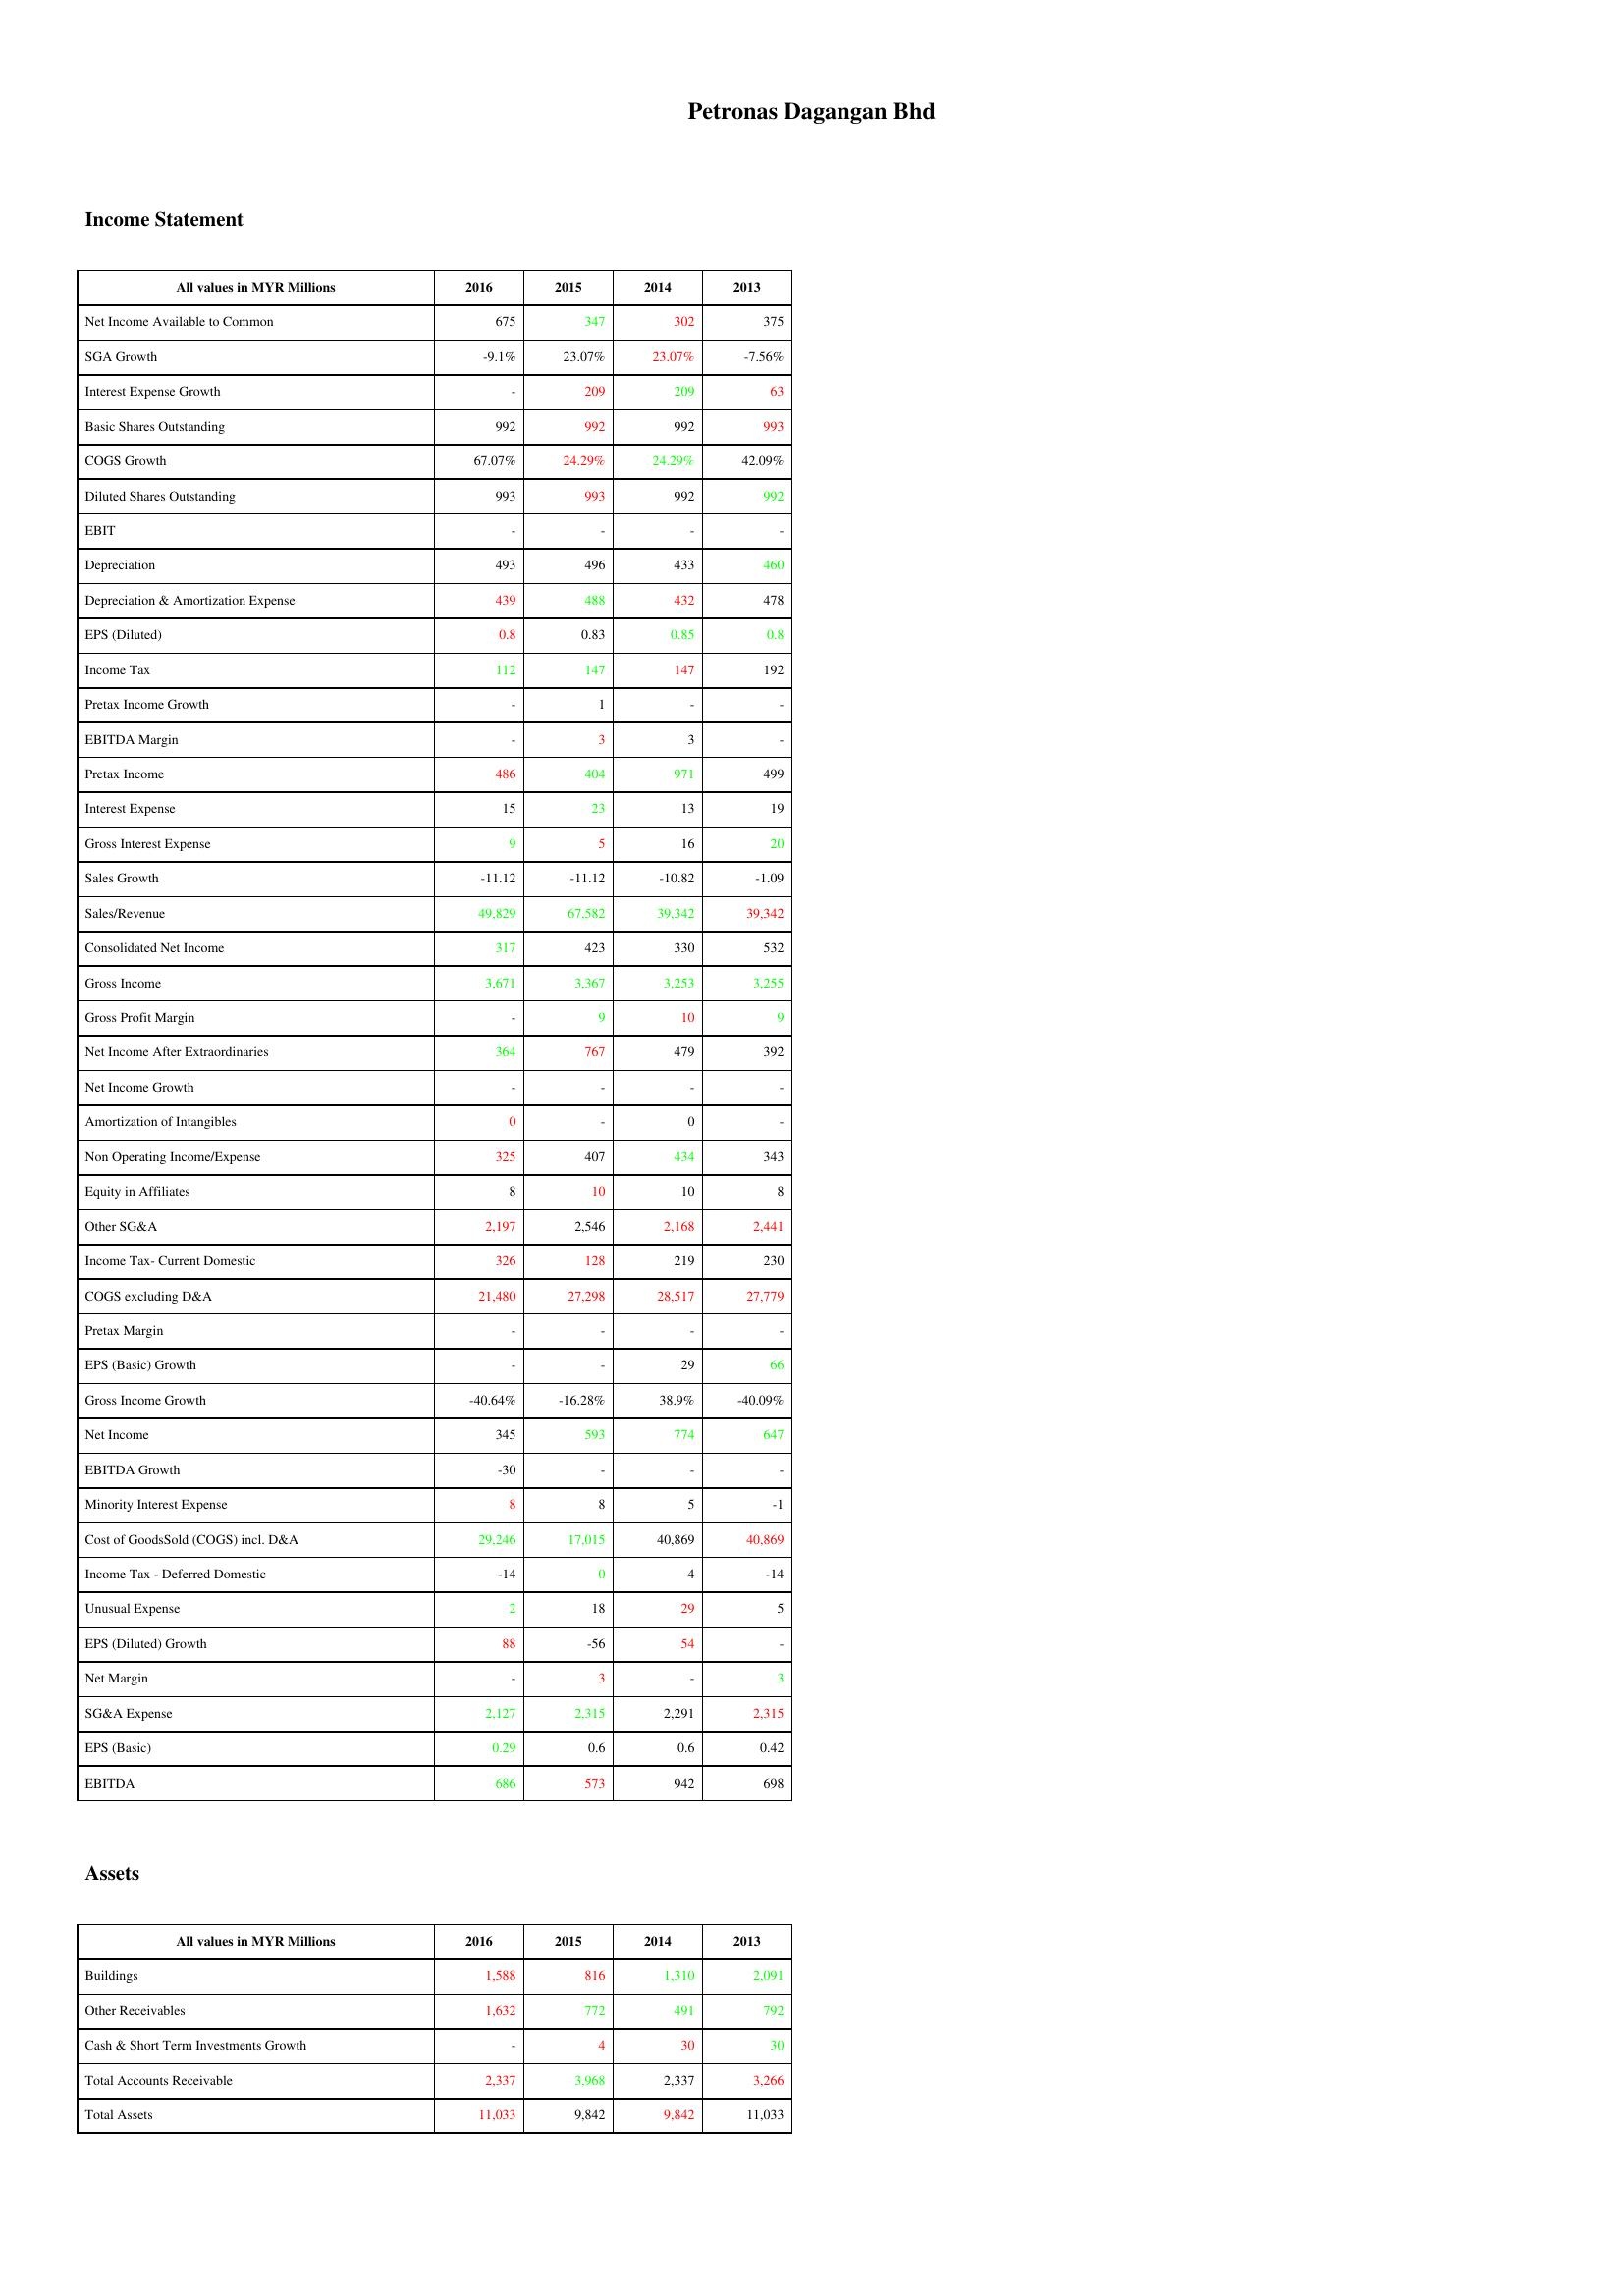
gt_parse: 2016: Income Statement: Net Income Available to Common: 675
SGA Growth: -9.1%
Interest Expense Growth: -
Basic Shares Outstanding: 992
COGS Growth: 67.07%
Diluted Shares Outstanding: 993
EBIT: -
Depreciation: 493
Depreciation & Amortization Expense: 439
EPS (Diluted): 0.8
Income Tax: 112
Pretax Income Growth: -
EBITDA Margin: -
Pretax Income: 486
Interest Expense: 15
Gross Interest Expense: 9
Sales Growth: -11.12
Sales/Revenue: 49,829
Consolidated Net Income: 317
Gross Income: 3,671
Gross Profit Margin: -
Net Income After Extraordinaries: 364
Net Income Growth: -
Amortization of Intangibles: 0
Non Operating Income/Expense: 325
Equity in Affiliates: 8
Other SG&A: 2,197
Income Tax- Current Domestic: 326
COGS excluding D&A: 21,480
Pretax Margin: -
EPS (Basic) Growth: -
Gross Income Growth: -40.64%
Net Income: 345
EBITDA Growth: -30
Minority Interest Expense: 8
Cost of GoodsSold (COGS) incl. D&A: 29,246
Income Tax - Deferred Domestic: -14
Unusual Expense: 2
EPS (Diluted) Growth: 88
Net Margin: -
SG&A Expense: 2,127
EPS (Basic): 0.29
EBITDA: 686
Assets: Buildings: 1,588
Other Receivables: 1,632
Cash & Short Term Investments Growth: -
Total Accounts Receivable: 2,337
Total Assets: 11,033
2015: Income Statement: Net Income Available to Common: 347
SGA Growth: 23.07%
Interest Expense Growth: 209
Basic Shares Outstanding: 992
COGS Growth: 24.29%
Diluted Shares Outstanding: 993
EBIT: -
Depreciation: 496
Depreciation & Amortization Expense: 488
EPS (Diluted): 0.83
Income Tax: 147
Pretax Income Growth: 1
EBITDA Margin: 3
Pretax Income: 404
Interest Expense: 23
Gross Interest Expense: 5
Sales Growth: -11.12
Sales/Revenue: 67,582
Consolidated Net Income: 423
Gross Income: 3,367
Gross Profit Margin: 9
Net Income After Extraordinaries: 767
Net Income Growth: -
Amortization of Intangibles: -
Non Operating Income/Expense: 407
Equity in Affiliates: 10
Other SG&A: 2,546
Income Tax- Current Domestic: 128
COGS excluding D&A: 27,298
Pretax Margin: -
EPS (Basic) Growth: -
Gross Income Growth: -16.28%
Net Income: 593
EBITDA Growth: -
Minority Interest Expense: 8
Cost of GoodsSold (COGS) incl. D&A: 17,015
Income Tax - Deferred Domestic: 0
Unusual Expense: 18
EPS (Diluted) Growth: -56
Net Margin: 3
SG&A Expense: 2,315
EPS (Basic): 0.6
EBITDA: 573
Assets: Buildings: 816
Other Receivables: 772
Cash & Short Term Investments Growth: 4
Total Accounts Receivable: 3,968
Total Assets: 9,842
2014: Income Statement: Net Income Available to Common: 302
SGA Growth: 23.07%
Interest Expense Growth: 209
Basic Shares Outstanding: 992
COGS Growth: 24.29%
Diluted Shares Outstanding: 992
EBIT: -
Depreciation: 433
Depreciation & Amortization Expense: 432
EPS (Diluted): 0.85
Income Tax: 147
Pretax Income Growth: -
EBITDA Margin: 3
Pretax Income: 971
Interest Expense: 13
Gross Interest Expense: 16
Sales Growth: -10.82
Sales/Revenue: 39,342
Consolidated Net Income: 330
Gross Income: 3,253
Gross Profit Margin: 10
Net Income After Extraordinaries: 479
Net Income Growth: -
Amortization of Intangibles: 0
Non Operating Income/Expense: 434
Equity in Affiliates: 10
Other SG&A: 2,168
Income Tax- Current Domestic: 219
COGS excluding D&A: 28,517
Pretax Margin: -
EPS (Basic) Growth: 29
Gross Income Growth: 38.9%
Net Income: 774
EBITDA Growth: -
Minority Interest Expense: 5
Cost of GoodsSold (COGS) incl. D&A: 40,869
Income Tax - Deferred Domestic: 4
Unusual Expense: 29
EPS (Diluted) Growth: 54
Net Margin: -
SG&A Expense: 2,291
EPS (Basic): 0.6
EBITDA: 942
Assets: Buildings: 1,310
Other Receivables: 491
Cash & Short Term Investments Growth: 30
Total Accounts Receivable: 2,337
Total Assets: 9,842
2013: Income Statement: Net Income Available to Common: 375
SGA Growth: -7.56%
Interest Expense Growth: 63
Basic Shares Outstanding: 993
COGS Growth: 42.09%
Diluted Shares Outstanding: 992
EBIT: -
Depreciation: 460
Depreciation & Amortization Expense: 478
EPS (Diluted): 0.8
Income Tax: 192
Pretax Income Growth: -
EBITDA Margin: -
Pretax Income: 499
Interest Expense: 19
Gross Interest Expense: 20
Sales Growth: -1.09
Sales/Revenue: 39,342
Consolidated Net Income: 532
Gross Income: 3,255
Gross Profit Margin: 9
Net Income After Extraordinaries: 392
Net Income Growth: -
Amortization of Intangibles: -
Non Operating Income/Expense: 343
Equity in Affiliates: 8
Other SG&A: 2,441
Income Tax- Current Domestic: 230
COGS excluding D&A: 27,779
Pretax Margin: -
EPS (Basic) Growth: 66
Gross Income Growth: -40.09%
Net Income: 647
EBITDA Growth: -
Minority Interest Expense: -1
Cost of GoodsSold (COGS) incl. D&A: 40,869
Income Tax - Deferred Domestic: -14
Unusual Expense: 5
EPS (Diluted) Growth: -
Net Margin: 3
SG&A Expense: 2,315
EPS (Basic): 0.42
EBITDA: 698
Assets: Buildings: 2,091
Other Receivables: 792
Cash & Short Term Investments Growth: 30
Total Accounts Receivable: 3,266
Total Assets: 11,033